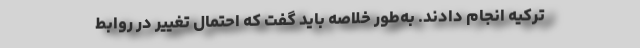
ترکیه انجام دادند. به‌طور خلاصه باید گفت که احتمال تغییر در روابط